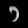
Digit: ၁